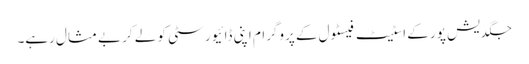
جگدیش پور کے اسٹیٹ فیسٹول کے پروگرام اپنی ڈائیورسٹی کو لے کر بے مثال رہے۔